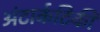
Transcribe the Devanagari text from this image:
अंटार्कटिकी